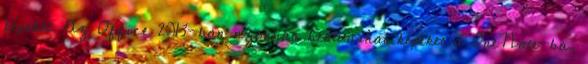
képeket. Az Office 2013-ban azonban beolvashat képeket a OneNote-ba,